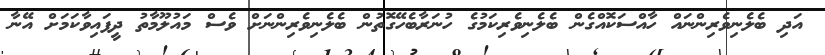
އަދި ބެލެނިވެރިންނައް ހާއްސަކޮއްގެން ބެލެނިވެރިކަމުގެ ހުނަރާބެހޭގޮތުން ބެލެނިވެރިންނަށް ވެސް މައުލޫމާތު ދީފައިވާކަމަށް އޭނާ